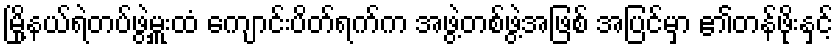
မြို့နယ်ရဲတပ်ဖွဲ့မှူးထံ ကျောင်းပိတ်ရက်က အဖွဲ့တစ်ဖွဲ့အဖြစ် အပြင်မှာ ၏တန်ဖိုးနှင့်